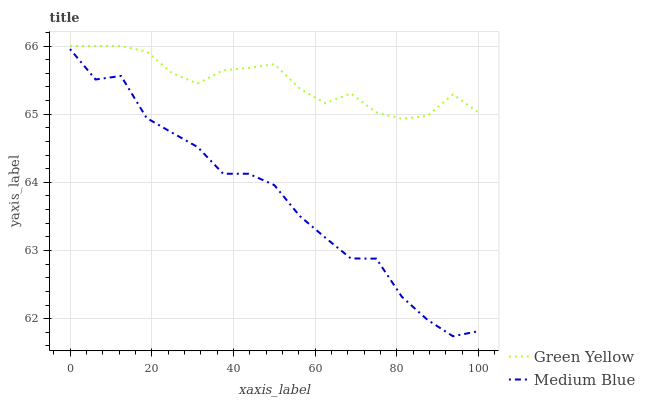
| xaxis_label | Green Yellow | Medium Blue |
 | --- | --- | --- |
 | 0 | 66 | 66 |
 | 6.25 | 66 | 65.5 |
 | 12.5 | 66 | 65.6 |
 | 18.8 | 65.9 | 64.9 |
 | 25 | 65.6 | 64.7 |
 | 31.2 | 65.4 | 64.5 |
 | 37.5 | 65.6 | 64.1 |
 | 43.8 | 65.7 | 64.1 |
 | 50 | 65.7 | 64 |
 | 56.2 | 65.4 | 63.5 |
 | 62.5 | 65.2 | 63.2 |
 | 68.8 | 65.3 | 62.9 |
 | 75 | 65 | 62.9 |
 | 81.2 | 64.9 | 62.3 |
 | 87.5 | 65 | 62 |
 | 93.8 | 65.3 | 61.7 |
 | 100 | 65 | 61.8 |